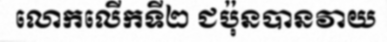
លោកលើកទី២ ជប៉ុនបានវាយ